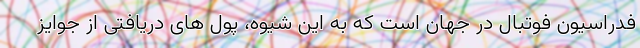
فدراسیون فوتبال در جهان است که به این شیوه، پول های دریافتی از جوایز